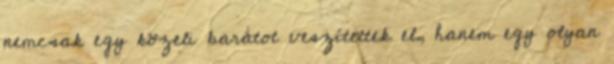
nemcsak egy közeli barátot veszítettek el, hanem egy olyan